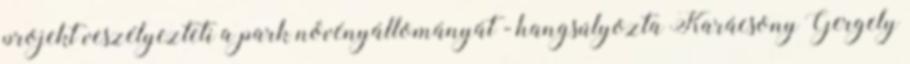
projekt veszélyezteti a park növényállományát - hangsúlyozta Karácsony Gergely